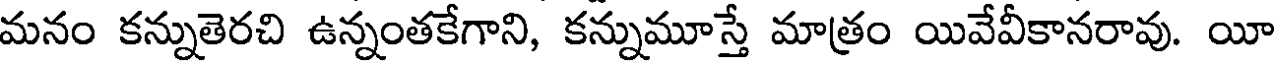
మనం కన్నుతెరచి ఉన్నంతకేగాని, కన్నుమూస్తే మాత్రం యివేవీకానరావు. యీ